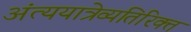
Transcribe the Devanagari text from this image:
अंत्ययात्रेव्यतिरिक्त